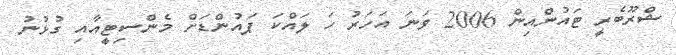
ޝްރޫބެރީ ޓައުންއިން 2006 ވަނަ އަހަރު ހަ ލައްކަ ޕައުންޑަށް މެންސިޓީއާއި ގުޅުނު